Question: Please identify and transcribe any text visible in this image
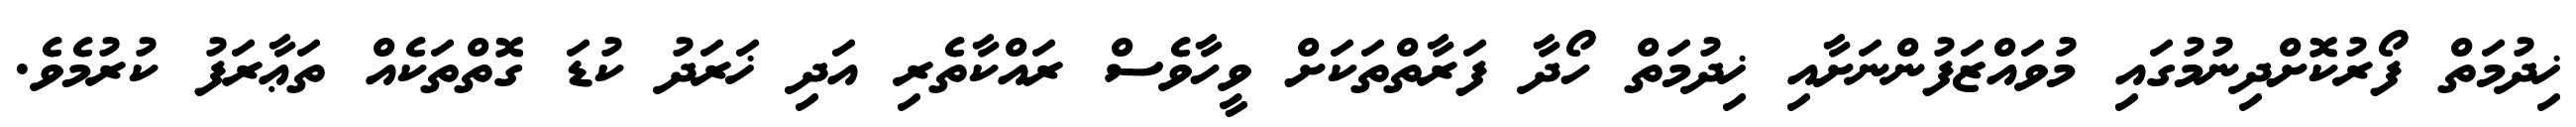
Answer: ޚިދުމަތް ފޯރުކޮށްދިނުމުގައި މުވައްޒަފުންނަށާއި ޚިދުމަތް ހޯދާ ފަރާތްތަކަށް ވީހާވެސް ރައްކާތެރި އަދި ޚަރަދު ކުޑަ ގޮތްތަކެއް ތަޢާރަފު ކުރުމެވެ.